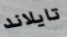
تايلاند